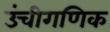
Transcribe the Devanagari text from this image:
उंचीगणिक